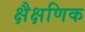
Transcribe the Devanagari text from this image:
क्षैक्षणिक